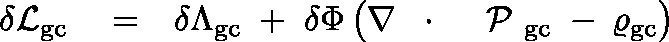
\begin{array} { r l r } { \delta { \cal L } _ { \mathrm { g c } } } & { { } = } & { \delta \Lambda _ { \mathrm { g c } } \; + \; \delta \Phi \left( \nabla \, \mathrm { ~ \boldmath ~ \cdot ~ } \, \mathrm { ~ \boldmath ~ \cal ~ P ~ } _ { \mathrm { g c } } \; - \frac { } { } \varrho _ { \mathrm { g c } } \right) } \end{array}